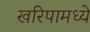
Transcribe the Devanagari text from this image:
खरिपामध्ये